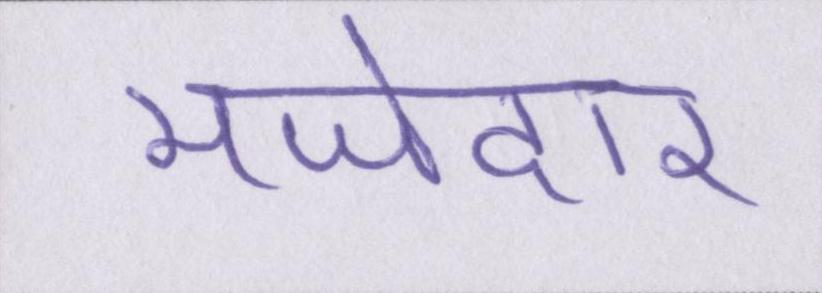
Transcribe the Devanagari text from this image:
मजेदार